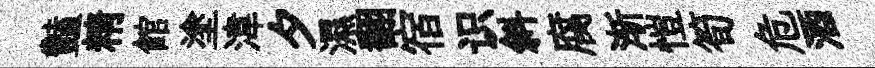
豔精館塗湋夕濕翻宿识斜腐渐愷筍危酒